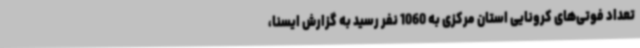
تعداد فوتی‌های کرونایی استان مرکزی به 1060 نفر رسید به گزارش ایسنا،